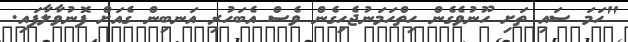
"ހަމަ ސައި ތަށި ހޫނުވެގެން ހިތްހަމަނުޖެހިގެން ވެސް އެބަހުރި އަނބިން ގެއަށް ފޮނުވާލާފައި.